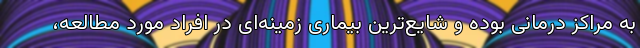
به مراکز درمانی بوده و شایع‌ترین بیماری زمینه‌ای در افراد مورد مطالعه،